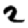
Digit: 2